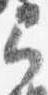
弓